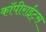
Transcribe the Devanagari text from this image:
कॉपीराईट्स